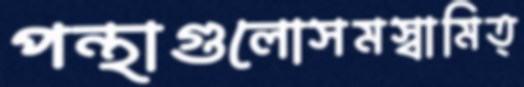
পন্থাগুলোসমস্বামিত্